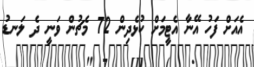
އެއަށް ފަހު އޭނާ އެޓީމަށް ކުޅެދިން 72 މެޗުން ވަނީ ދެ ލަނޑު